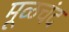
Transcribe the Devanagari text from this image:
मूळचंद